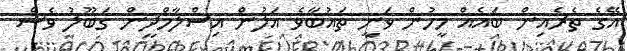
އޭގެ ތެރެއިން ބައެއް މީހުން ވަނީ ތައުބާވެ އަލުން އިސްލާމްދީން ގަބޫލު ވެސް